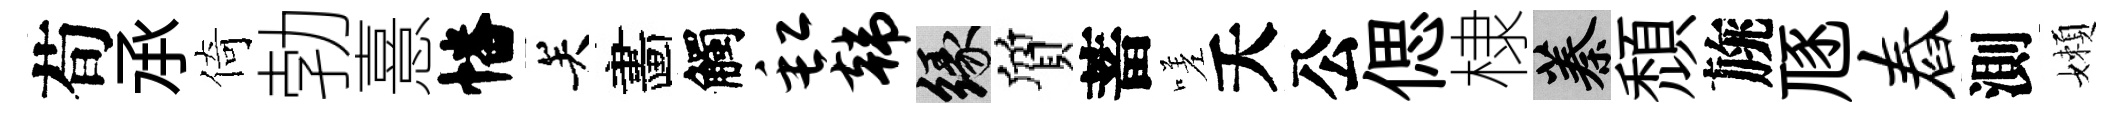
荀𠄘倚勃憙幡关畵觸缸韩緣質蓄嗟夭公偲棣蓁頹旐豗舂測嬾